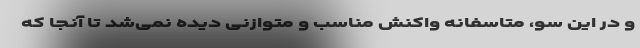
و در این سو، متاسفانه واکنش مناسب و متوازنی دیده نمی‌شد تا آنجا که